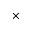
\times